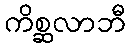
ကိစ္ဆလာဘီ